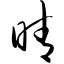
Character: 晴